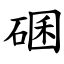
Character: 碅